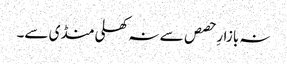
نہ بازارِ حصص سے نہ کھلی منڈی سے۔